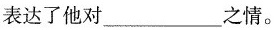
表达了他对___之情。